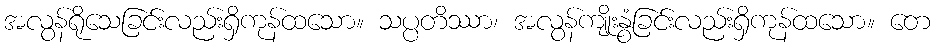
အလွန်ရိုသေခြင်းလည်းရှိကုန်ထသော။ သပ္ပတိဿာ၊ အလွန်ကျိုးနွံခြင်းလည်းရှိကုန်ထသော။ တေ